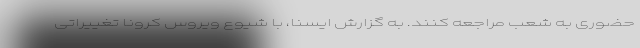
حضوری به شعب مراجعه کنند. به گزارش ایسنا، با شیوع ویروس کرونا تغییراتی